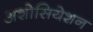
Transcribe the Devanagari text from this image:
अशोसियेशन